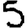
Digit: 5